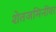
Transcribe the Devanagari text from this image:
शेतजमिनींवर